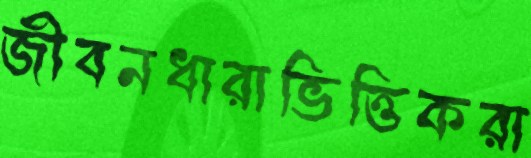
জীবনধারাভিত্তিকরা